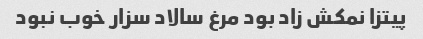
پیتزا نمکش زاد بود مرغ سالاد سزار خوب نبود